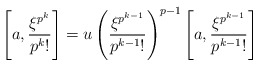
\begin{align*}\left[a,\frac{\xi^{p^k}}{p^k!}\right]=u \left(\frac{\xi^{p^{k-1}}}{p^{k-1}!}\right)^{p-1} \left[a,\frac{\xi^{p^{k-1}}}{p^{k-1}!}\right]\end{align*}